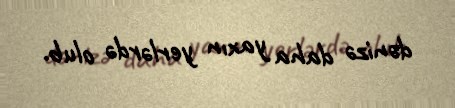
dənizə daha yaxın yerlərdə olub.